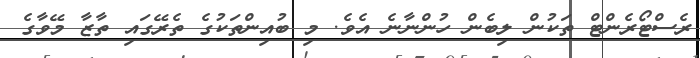
ރެސްޓޯރެންޓް ތަކުން ލިބެން ހުންނާނެ އެވެ. މި ބުއިންތަކުގެ ތެރޭގައި ތާޒާ މޭވާގެ